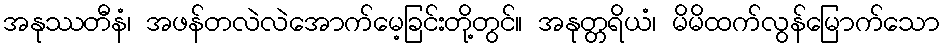
အနုဿတီနံ၊ အဖန်တလဲလဲအောက်မေ့ခြင်းတို့တွင်။ အနုတ္တရိယံ၊ မိမိထက်လွန်မြောက်သော